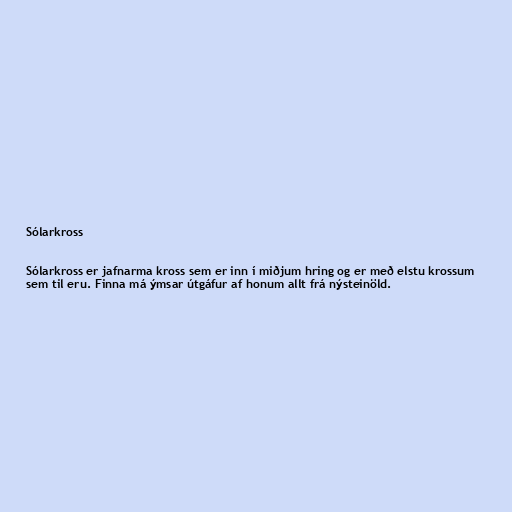
Sólarkross

Sólarkross er jafnarma kross sem er inn í miðjum hring og er með elstu krossum
sem til eru. Finna má ýmsar útgáfur af honum allt frá nýsteinöld.